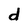
Character: d